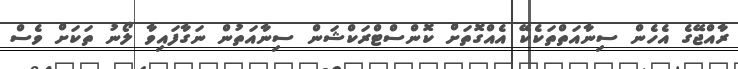
ރާއްޖޭގެ އެހެން ސިނާއަތްތަކެކޭ އެއްގޮތަށް ކޮންސްޓްރަކްޝަން ސިނާއަތުން ނަގާފައިވާ ލޯނު ތަކަށް ވެސް